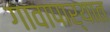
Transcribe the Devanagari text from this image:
गावापार्यात